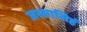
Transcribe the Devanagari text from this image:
जस्सासिहं